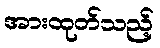
အားထုတ်သည့်